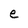
Character: e